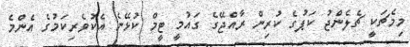
މިމެޗަކީ ޗެލެންޖު ކަޕުގެ ކުރިން ރާއްޖޭގެ ގައުމީ ޓީމް ކުޅޭނެ އެކުވެރިކަމުގެ އެންމެ